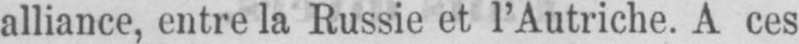
alliance, entre la Russie et l’Autriche. A ces